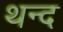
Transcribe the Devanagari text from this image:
थन्द